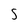
Character: S